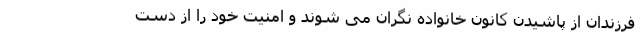
فرزندان از پاشیدن کانون خانواده نگران می شوند و امنیت خود را از دست